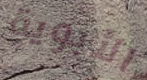
الأبوية